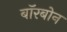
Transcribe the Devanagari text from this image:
बॉरबोन